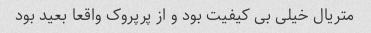
متریال خیلی بی کیفیت بود و از پرپروک واقعا بعید بود